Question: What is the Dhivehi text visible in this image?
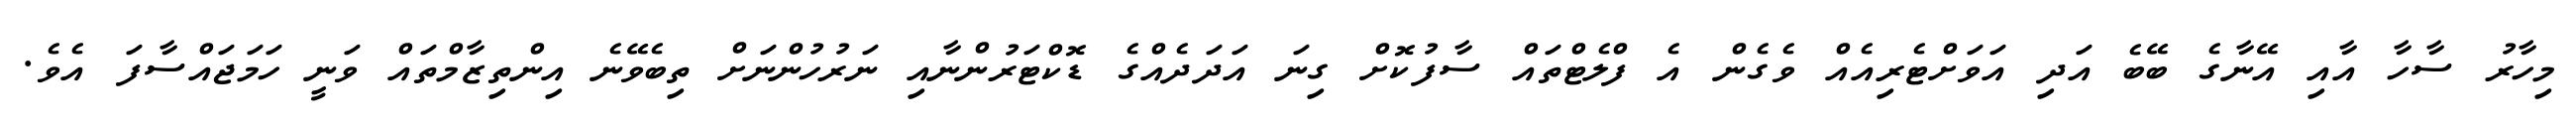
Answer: މިހާރު ސާހާ އާއި އޭނާގެ ބޭބެ އަދި އަވަށްޓެރިއެއް ވެގެން އެ ފްލެޓްތައް ސާފުކޮށް ގިނަ އަދަދެއްގެ ޑޮކްޓަރުންނާއި ނަރުހުންނަށް ތިބެވޭނެ އިންތިޒާމްތައް ވަނީ ހަމަޖައްސާފަ އެވެ.